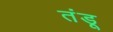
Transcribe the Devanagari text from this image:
तंडू